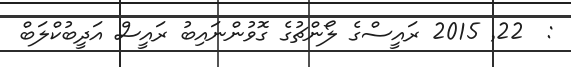
:  22